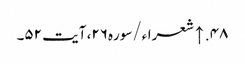
۴۸. ↑ شعراء/سوره۲۶، آیت ۵۲۔